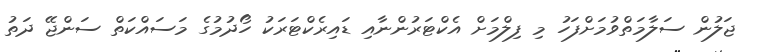
ޖަލުން ސަލާމަތްވުމަށްފަހު މި ފިލްމަށް އެކްޓަރުންނާއި ޑައިރެކްޓަރަކު ހޯދުމުގެ މަސައްކަތް ސަންޖޭ ދަތު